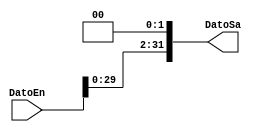
`timescale 1ns/1ns

module Shift(
	input [31:0]DatoEn,

	output [31:0]DatoSa
);

assign DatoSa = DatoEn << 2;

endmodule